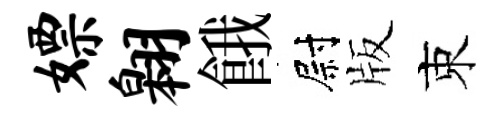
嫖翱餓尉版束